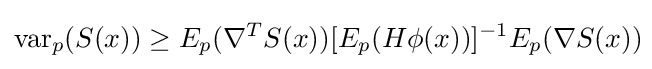
\operatorname {var} _{p}(S(x))\geq E_{p}(\nabla ^{T}S(x))[E_{p}(H\phi (x))]^{-1}E_{p}(\nabla S(x))\!